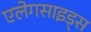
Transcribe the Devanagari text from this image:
एलेगसाइड्स